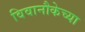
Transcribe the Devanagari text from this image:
विवानौकेच्या